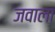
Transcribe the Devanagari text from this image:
जवाला